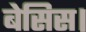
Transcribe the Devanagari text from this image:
बेसिस।